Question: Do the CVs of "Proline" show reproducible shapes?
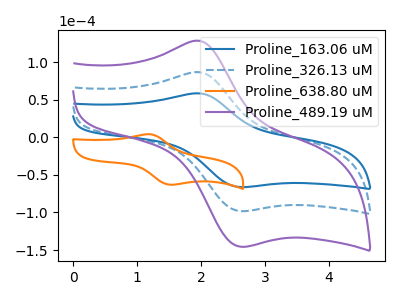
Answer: <think>The blue curve "Proline_163.06 uM" has an anodic peak at (2.00V, 58.20uA) and a cathodic peak at (2.60V, -66.20uA). The blue dashed curve "Proline_326.13 uM" has an anodic peak at (2.00V, 86.25uA) and a cathodic peak at (2.60V, -98.15uA). The orange curve "Proline_638.80 uM" has an anodic peak at (1.20V, 4.10uA) and a cathodic peak at (1.55V, -63.00uA). The purple curve "Proline_489.19 uM" has an anodic peak at (2.00V, 172.55uA) and a cathodic peak at (2.60V, -196.30uA).
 All the peaks in "Proline_163.06 uM" have a peak in "Proline_326.13 uM" at the same potential. Every peak in "Proline_163.06 uM" is lower than every peak in "Proline_326.13 uM". "Proline_163.06 uM" and "Proline_638.80 uM" have at least one peak that do not match. All the peaks in "Proline_163.06 uM" have a peak in "Proline_489.19 uM" at the same potential. Every peak in "Proline_163.06 uM" is lower than every peak in "Proline_489.19 uM". "Proline_326.13 uM" and "Proline_638.80 uM" have at least one peak that do not match. All the peaks in "Proline_326.13 uM" have a peak in "Proline_489.19 uM" at the same potential. Every peak in "Proline_326.13 uM" is lower than every peak in "Proline_489.19 uM". "Proline_638.80 uM" and "Proline_489.19 uM" have at least one peak that do not match.</think>
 <answer>All the CV's of "Proline" have similar shape.</answer>
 <eval>follow_rule</eval>